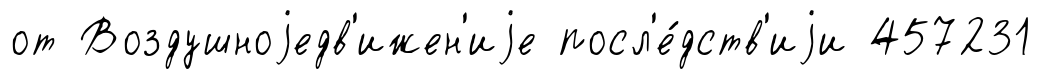
от Воздушноjедв'ижен'иjе посл'е́дств'иjи 457231